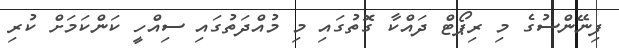
ފިނޭންސުގެ މި ރިޕޯޓް ދައްކާ ގޮތުގައި މި މުއްދަތުގައި ސިއްހީ ކަންކަމަށް ކުރި